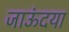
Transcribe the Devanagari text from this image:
जाऊंदया